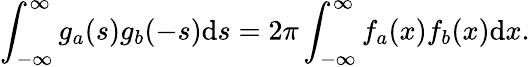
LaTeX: \int_{-\infty}^{\infty}g_{a}(s)g_{b}(-s)\mathrm{d}s=2\pi\int_{-\infty}^{\infty}f_{a}(x)f_{b}(x)\mathrm{d}x.